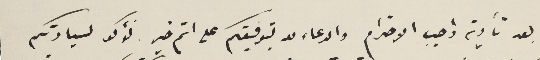
بعد تأدية واجب الاحترام والدعاء لله بتوفيقكم على اتم خير نؤكد لسيادتكم